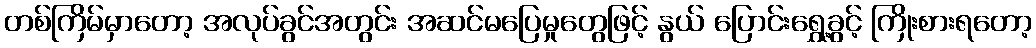
တစ်ကြိမ်မှာတော့ အလုပ်ခွင်အတွင်း အဆင်မပြေမှုတွေဖြင့် နွယ် ပြောင်းရွှေ့ခွင့် ကြိုးစားရတော့